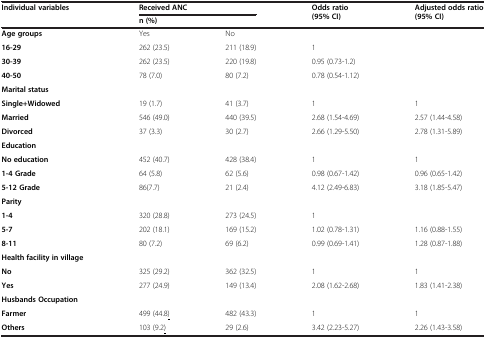
| <ROWSPAN=2> Individual variables | <COLSPAN=2> Received ANC | <ROWSPAN=2> Odds ratio (95% CI) | <ROWSPAN=2> Adjusted odds ratio (95% CI) |
 | n (%) |  |
 | --- | --- | --- | --- | --- |
 | Age groups | Yes | No |  |  |
 | 16-29 | 262 (23.5) | 211 (18.9) | 1 |  |
 | 30-39 | 262 (23.5) | 220 (19.8) | 0.95 (0.73-1.2) |  |
 | 40-50 | 78 (7.0) | 80 (7.2) | 0.78 (0.54-1.12) |  |
 | Marital status |  |  |  |  |
 | Single+Widowed | 19 (1.7) | 41 (3.7) | 1 | 1 |
 | Married | 546 (49.0) | 440 (39.5) | 2.68 (1.54-4.69) | 2.57 (1.44-4.58) |
 | Divorced | 37 (3.3) | 30 (2.7) | 2.66 (1.29-5.50) | 2.78 (1.31-5.89) |
 | Education |  |  |  |  |
 | No education | 452 (40.7) | 428 (38.4) | 1 | 1 |
 | 1-4 Grade | 64 (5.8) | 62 (5.6) | 0.98 (0.67-1.42) | 0.96 (0.65-1.42) |
 | 5-12 Grade | 86(7.7) | 21 (2.4) | 4.12 (2.49-6.83) | 3.18 (1.85-5.47) |
 | Parity |  |  |  |  |
 | 1-4 | 320 (28.8) | 273 (24.5) | 1 |  |
 | 5-7 | 202 (18.1) | 169 (15.2) | 1.02 (0.78-1.31) | 1.16 (0.88-1.55) |
 | 8-11 | 80 (7.2) | 69 (6.2) | 0.99 (0.69-1.41) | 1.28 (0.87-1.88) |
 | Health facility in village |  |  |  |  |
 | No | 325 (29.2) | 362 (32.5) | 1 | 1 |
 | Yes | 277 (24.9) | 149 (13.4) | 2.08 (1.62-2.68) | 1.83 (1.41-2.38) |
 | Husbands Occupation |  |  |  |  |
 | Farmer | 499 (44.8<underline>)</underline> | 482 (43.3) | 1 | 1 |
 | Others | 103 (9.2<underline>)</underline> | 29 (2.6) | 3.42 (2.23-5.27) | 2.26 (1.43-3.58) |